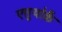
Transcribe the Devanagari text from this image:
एत्तुथोकै